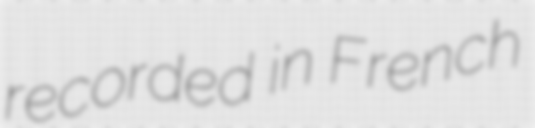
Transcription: recorded in French